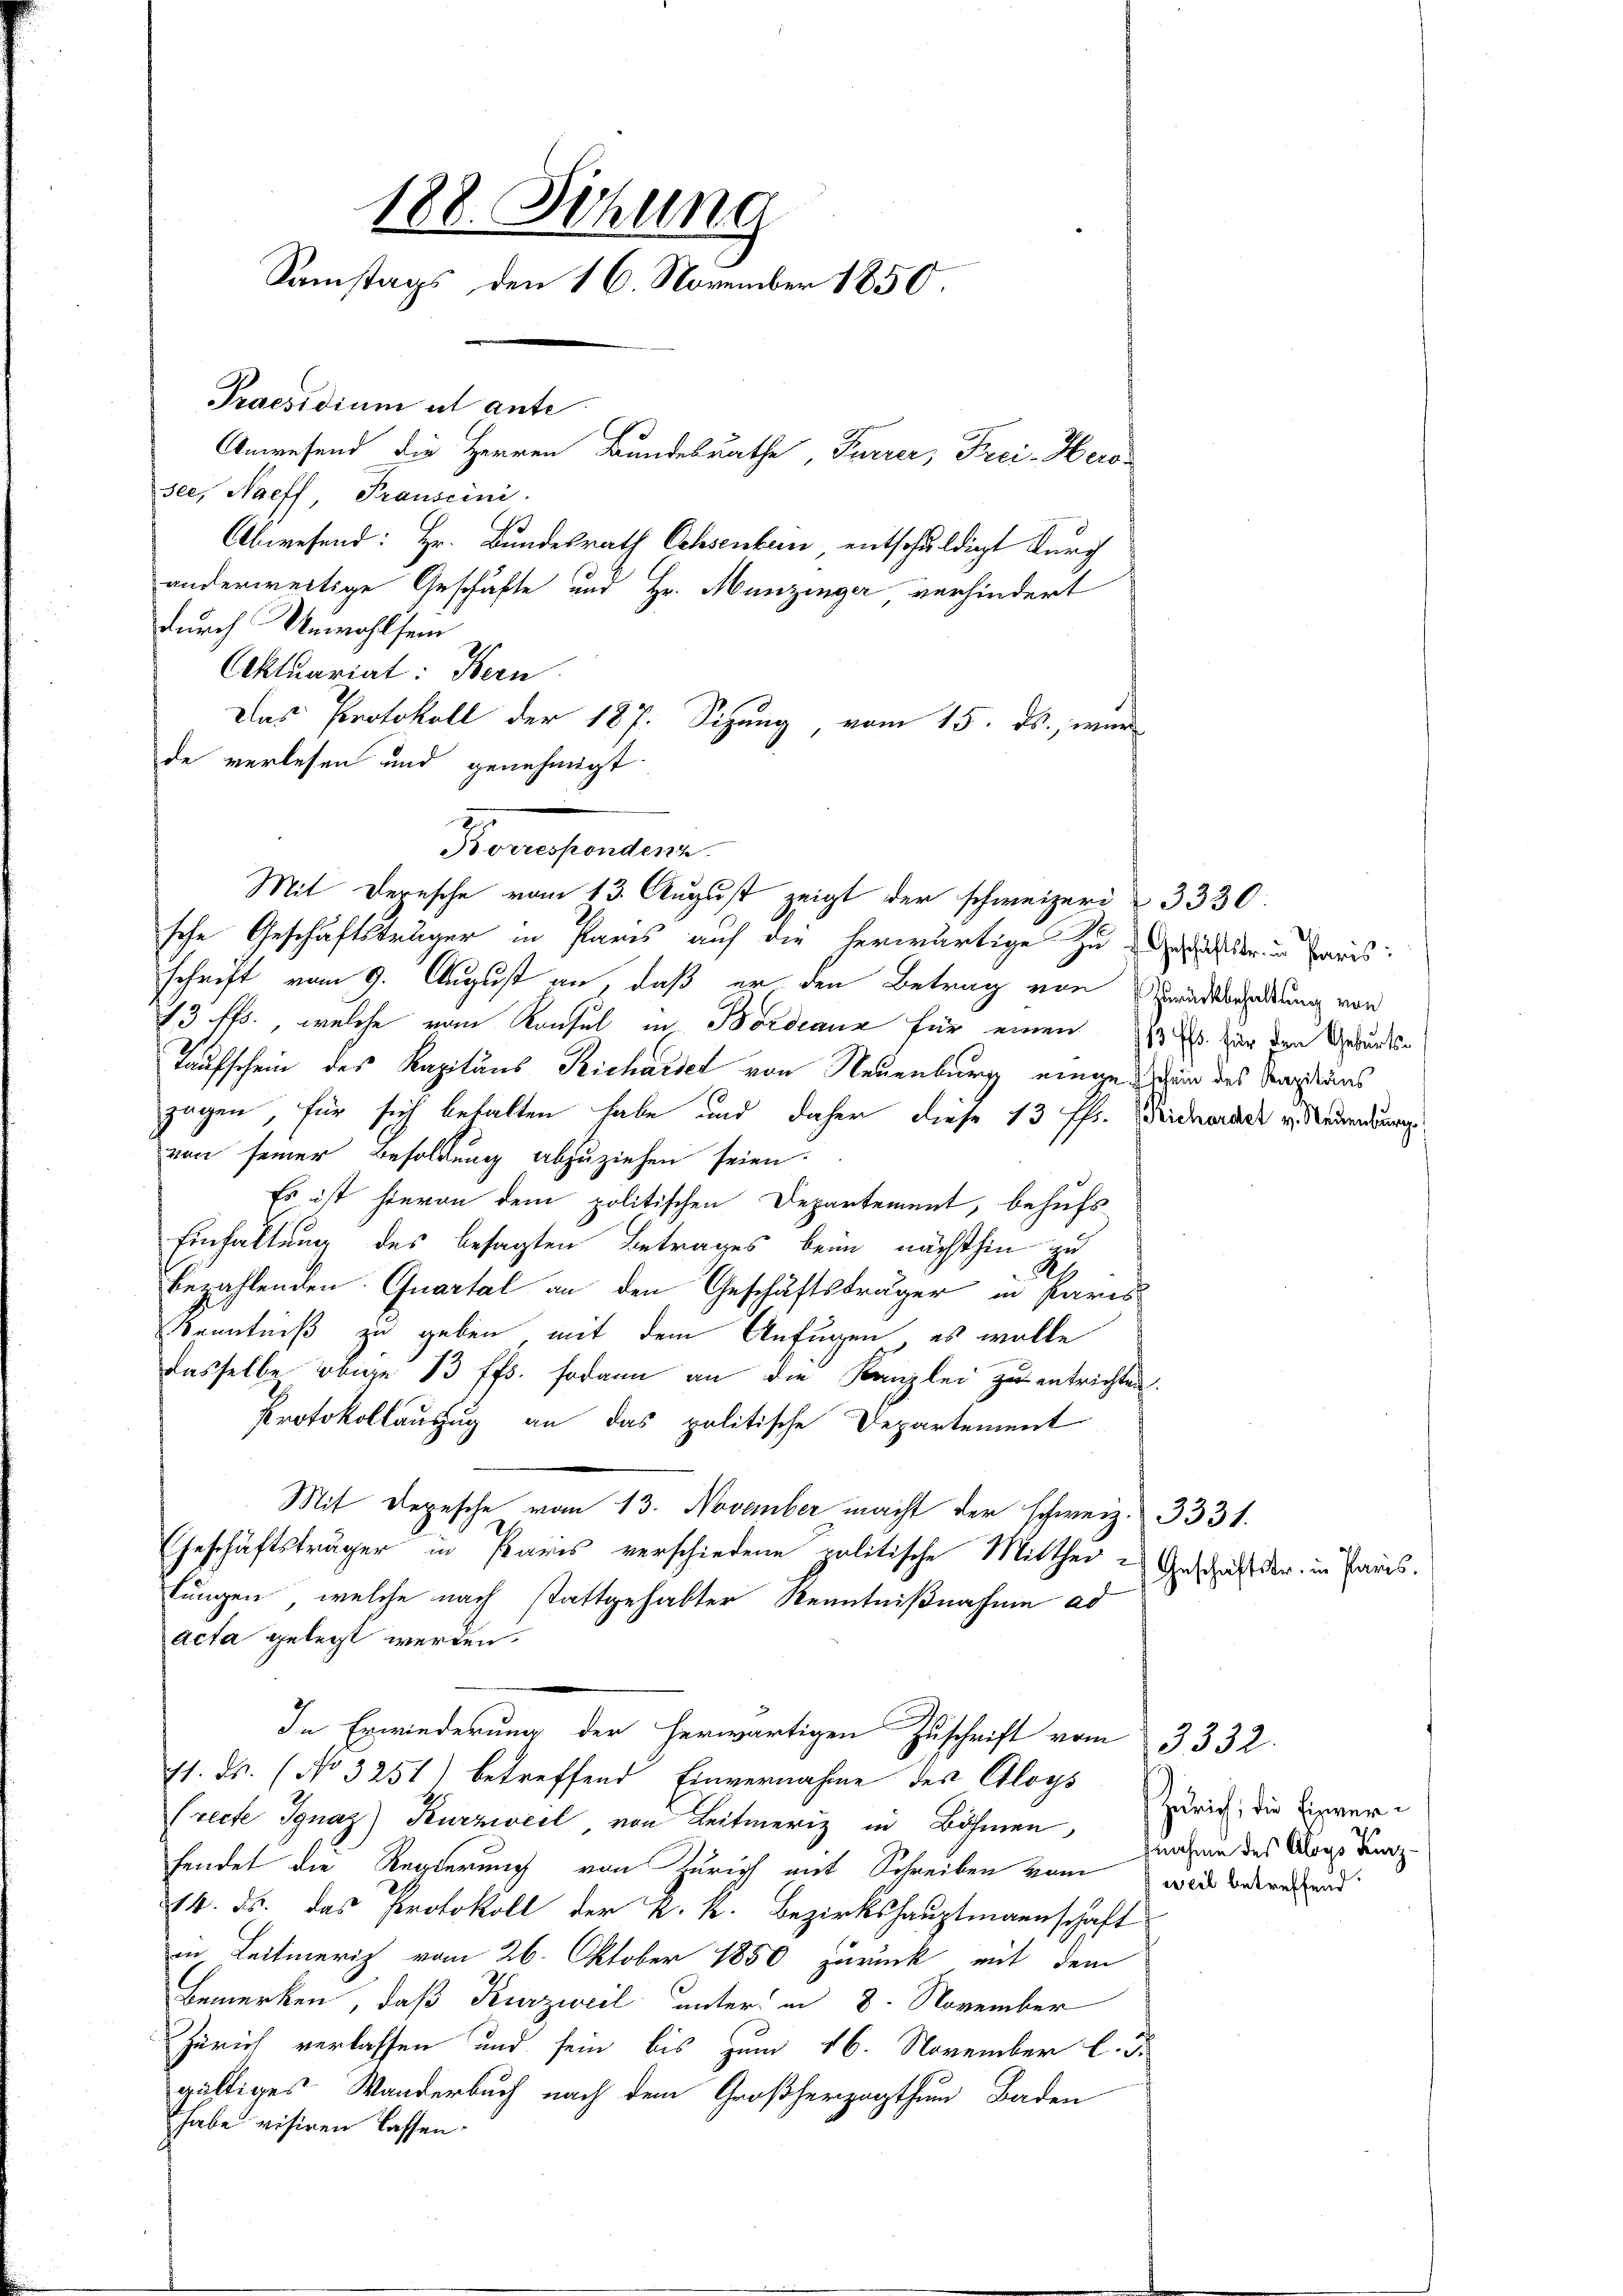
188. Sitzung
Samstags den 16. November 1850.
Praesidium ut ante
Anwesend die Herren Bundesrathe, Furrer, Frei-Hero-
see, Naeff, Transcini
Abwesend: Hr. Bundesrath Ochsenken entschuldigt durch

anderweitige Geschäfte und Hr. Munzinger verhindert
durch Unwohlsein
Aktuariat: Bern
Das Protokoll der 187. Sizung vom 15. ds., war
de verlesen und genehmigt
sche Geschäftsträger in Paris auf die herwärtige zu wichter in Paris.
schrift vom 9. August an, daß er den Betrag von Brudssradung von
13 ff., welche vom Konsul in Bordeaux für einen u. s. für den Geburts-
Taufschein des Kapitäns Richarder von Neuenburg eingegen des Verans
zagen, für sich behalten habe und daher diese 13 ff. Seiderrade v. Neuenburge
von seiner Besoldung abzuziehen seien.
Es ist hievon dem politischen Departement, behufs
Einhaltung des besagten Betrages beim nächsthin zu
Sitz
bezahlenden Quartal an den Geschäftsträger in Paris
Kenntniß zu geben mit dem Anfügen, es wolle
dasselbe obige 13 ff. sodann an die Kanzlei zu entrichten.
Protokollauszug an das politische Departement
Mit Depesche vom 13. November macht der schweiz. 3331.
Geschäftsträger in Paris verschiedene politische Mitthei-Geschaft der in Paris.
lungen, welche nach stattgehabter Kenntnißnahme ad
acta gelegt werden.
In Erwiederung der herwärtigen Zuschrift vom 23 332.
11. ds. (No 3251) betreffend Einvernahme des Aloys
(recte Ignaz Kurzweil, von Leitmeriz in Böhmen,
fendet die Regierung von Zürich mit Schreiben vom wird berechend
14. ds. das Protokoll der k. k. Bezirkshauptmannschaft
in Leitmerig vom 26. Oktober 1850 zurück mit dem
Bemerken, daß Kurzweil unter in 8. November
Zürich verlassen und sein bis zum 16. November l. Js.
gültiges Wanderbuch nach dem Großherzogthum Baden
habe visiren lassen.

2
Borrespondenz

Mit Depesche vom 13. August zeigt der schweizer 3330.

Zürich, die Einvere
nnahme des Aloys Kurz¬